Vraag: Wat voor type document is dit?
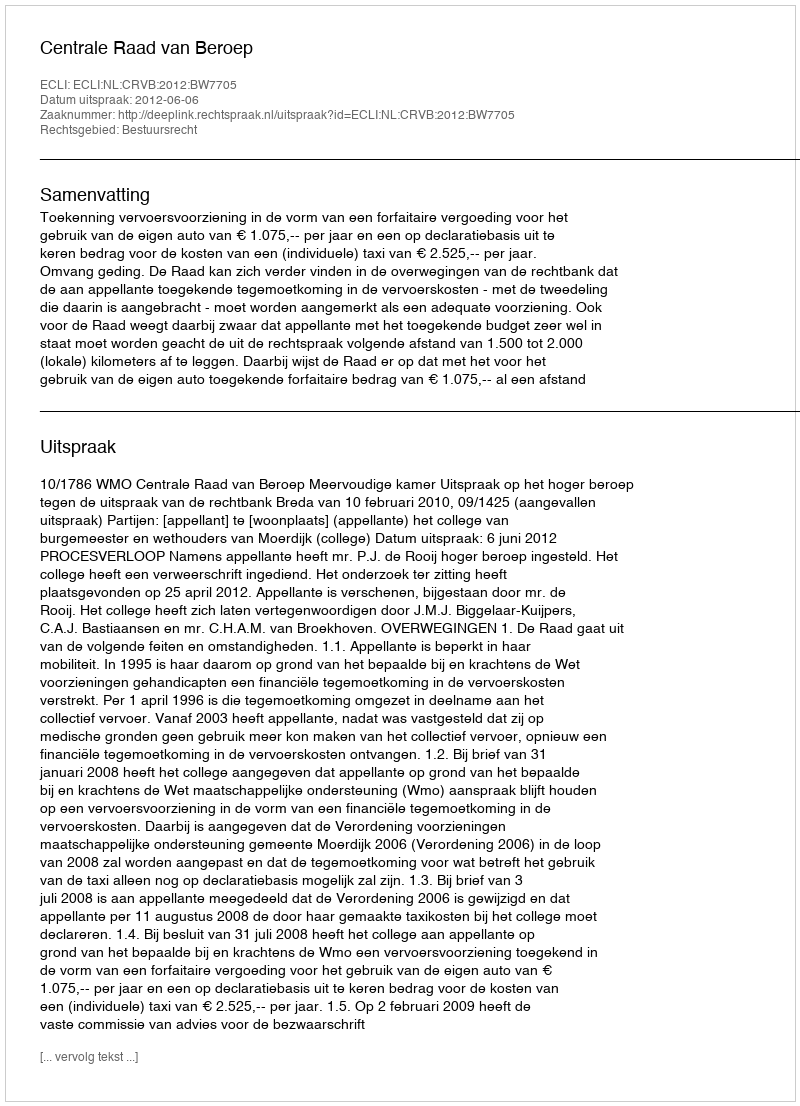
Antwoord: Uitspraak